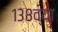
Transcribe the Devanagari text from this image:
१३८व्या